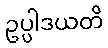
ဥပ္ပါဒယတိ